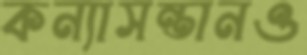
কন্যাসন্তানও